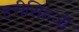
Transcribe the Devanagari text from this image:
हरीसिंहजी